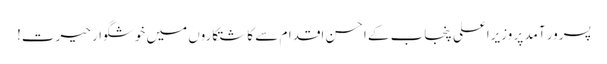
پسرور آمد پر وزیراعلی پنجاب کے احسن اقدام سے کاشتکاروں میں خوشگوار حیرت!